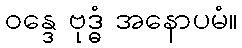
ဝန္ဒေ ဗုဒ္ဓံ အနောပမံ။